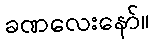
ခဏလေးနော်။